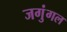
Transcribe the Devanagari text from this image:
जगुंगल